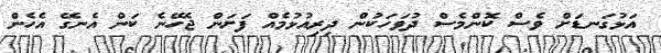
އަޅުގަނޑަށް ވެސް ކޮންމެސް ދުވަހަކުން ދިރިއުޅުމެއް ފަށަން ޖެހޭނެ ކަން އެނގޭ އެހެން